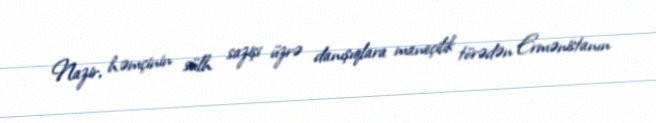
Nazir, həmçinin sülh sazişi üzrə danışıqlara maneçilik törədən Ermənistanın